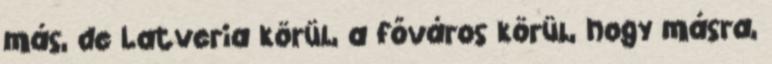
más, de Latveria körül, a főváros körül, hogy másra,